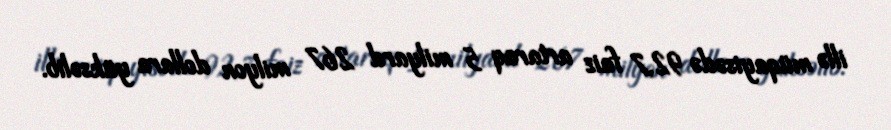
illə müqayisədə 92,7 faiz artaraq 5 milyard 267 milyon dollara yüksəlib.